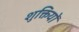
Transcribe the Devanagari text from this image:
शुक्तियों